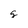
Character: g